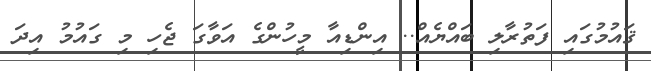
ޤައުމުގައި ފަތުރާލި ބައްޔެއް.. އިންޑިއާ މީހުންގެ އަވާގަ ޖެހި މި ގައުމު އިދަ